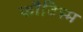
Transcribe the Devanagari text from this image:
फौविस्म